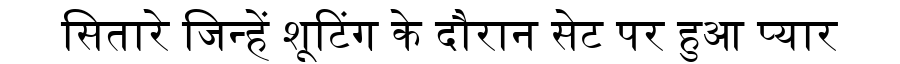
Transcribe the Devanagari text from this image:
सितारे जिन्हें शूटिंग के दौरान सेट पर हुआ प्यार